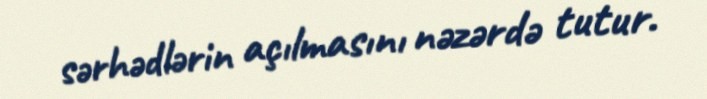
sərhədlərin açılmasını nəzərdə tutur.